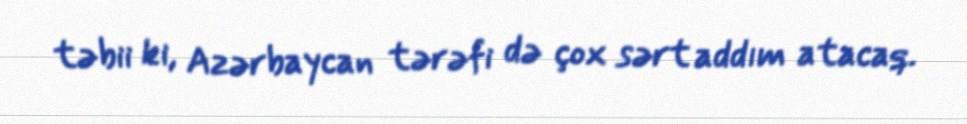
təbii ki, Azərbaycan tərəfi də çox sərt addım atacaq.